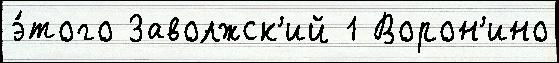
э́того Заволжск'ий 1 Ворон'ино